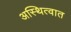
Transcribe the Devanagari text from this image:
अस्थित्वात